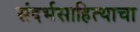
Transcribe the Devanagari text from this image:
संदर्भसाहित्याचा